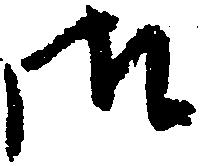
御